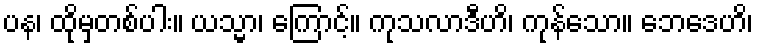
ပန၊ ထိုမှတစ်ပါး။ ယသ္မာ၊ ကြောင့်။ ကုသလာဒီဟိ၊ ကုန်သော။ ဘေဒေဟိ၊